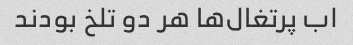
اب پرتغال‌ها هر دو تلخ بودند